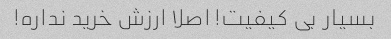
بسیار بی کیفیت! اصلا ارزش خرید نداره!